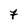
Character: 7